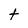
Character: t